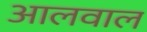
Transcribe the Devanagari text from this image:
आलवाल